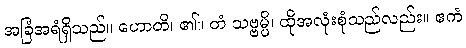
အခြံအရံရှိသည်။ ဟောတိ၊ ၏။ တံ သဗ္ဗမ္ပိ၊ ထိုအလုံးစုံသည်လည်း။ ဧကံ